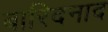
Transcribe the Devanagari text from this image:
बारिदनाद